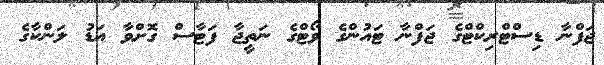
ޖަފްނާ ޑިސްޓްރިކްޓްގެ ޖަފްނާ ޓައުންގެ ވޯޓްގެ ނަތީޖާ ފަޓާސް ގޮށްވާ އަޑު ލަންކާގެ